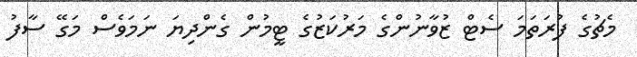
މެޗުގެ ފުރަތަމަ ސެޓް ޒުވާނުންގެ މަރުކަޒުގެ ޓީމުން ގެންދިޔަ ނަމަވެސް މަގޭ ސާފު